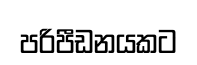
පරිපීඩනයකට